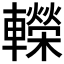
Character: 𨏍